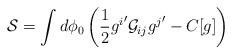
LaTeX: \begin{align*} {\cal S} = \int d\phi_0 \left( \frac{1}{2}{g^i}' {\cal G}_{ij} {g^j}' - C[g]\right)\end{align*}